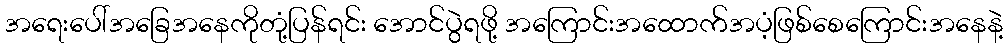
အရေးပေါ်အခြေအနေကိုတုံ့ပြန်ရင်း အောင်ပွဲရဖို့ အကြောင်းအထောက်အပံ့ဖြစ်စေကြောင်းအနေနဲ့